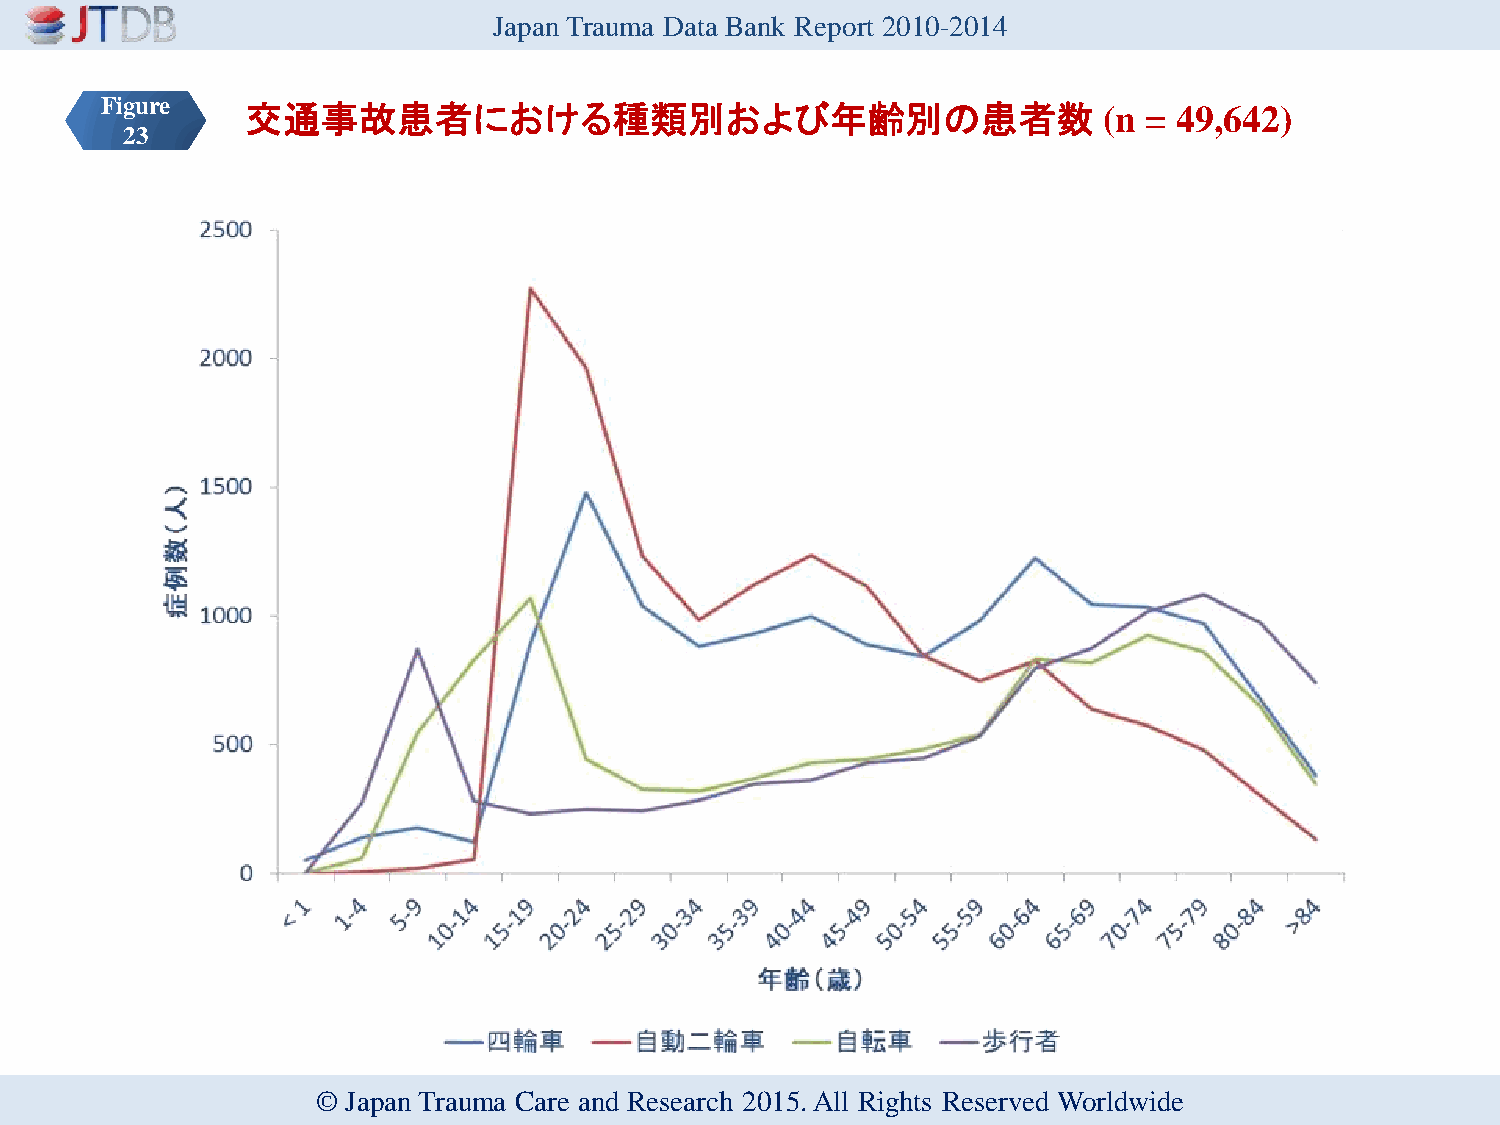
Japan Trauma Data Bank Report 2010-2014
 Figure   交通事故患者における種類別および年齢別の患者数                                  (n = 49,642)
 23
 © Japan Trauma Care and Research 2015. All Rights Reserved Worldwide